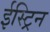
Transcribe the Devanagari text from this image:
ईस्ट्रिन